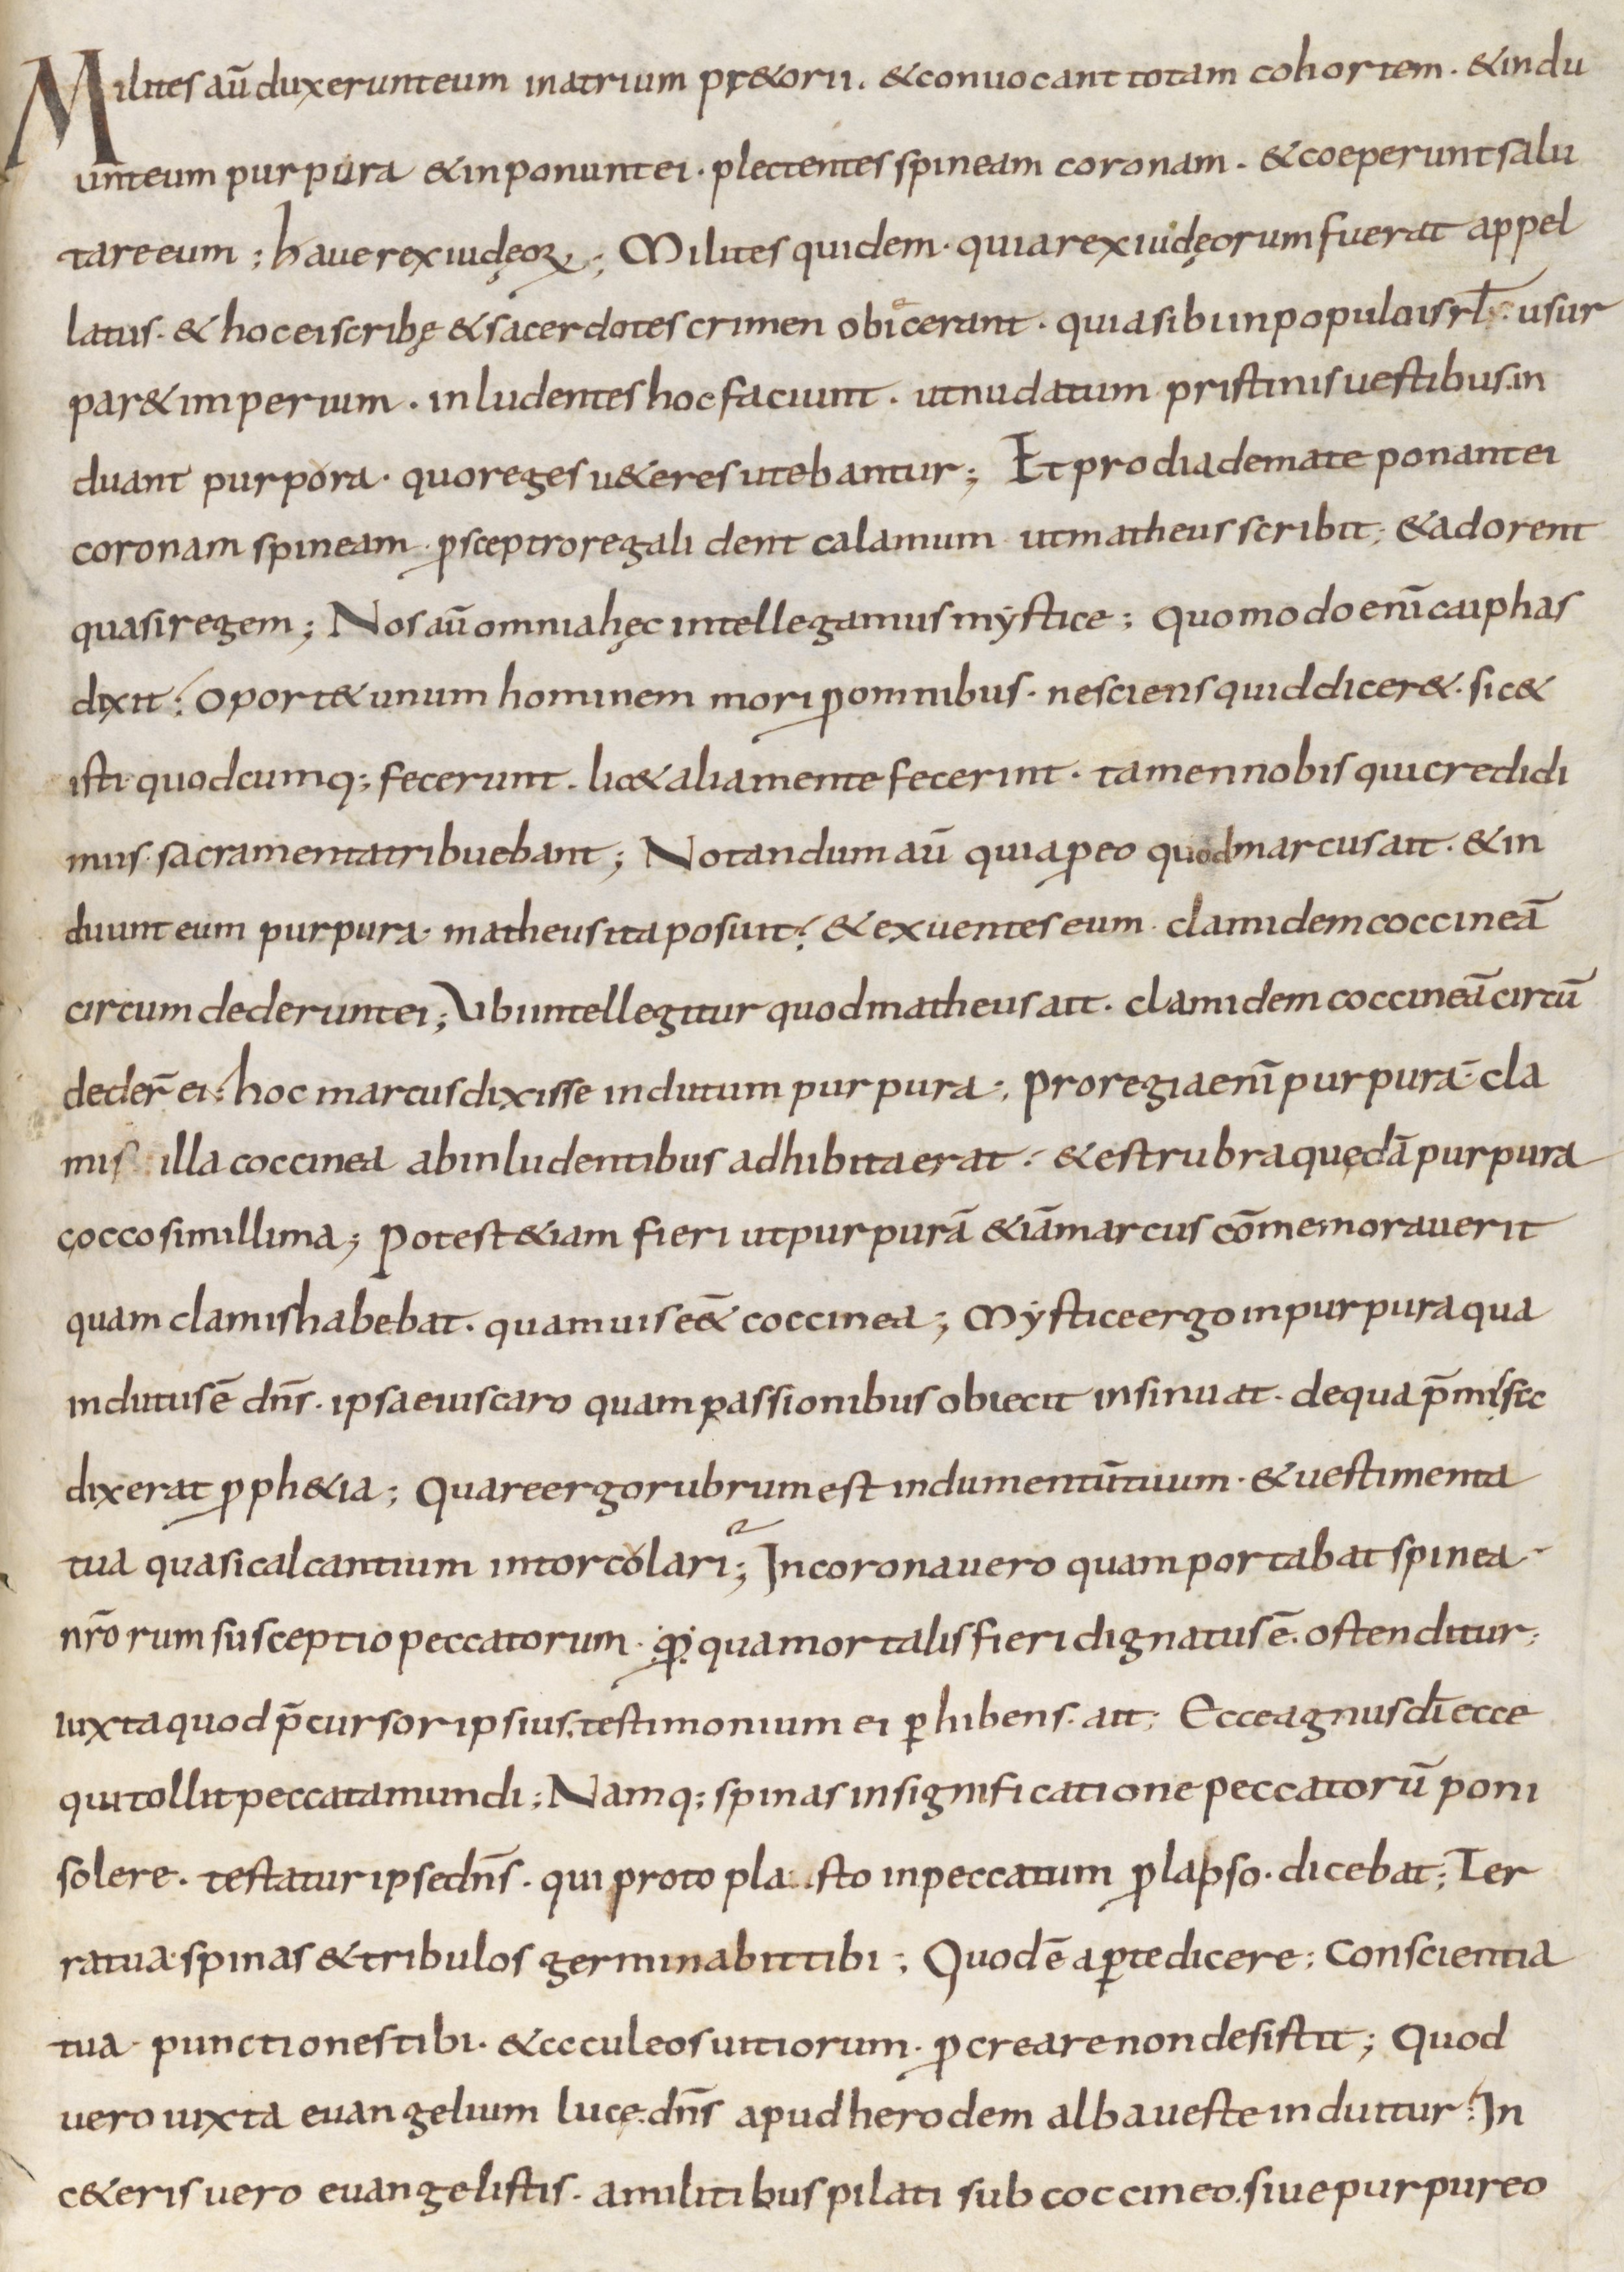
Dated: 800–899